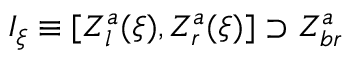
{ \cal I } _ { \xi } \equiv [ Z _ { l } ^ { a } ( \xi ) , Z _ { r } ^ { a } ( \xi ) ] \supset Z _ { b r } ^ { a }